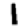
Digit: 1